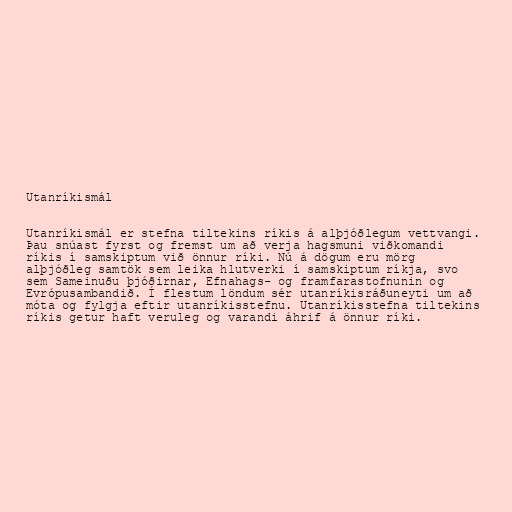
Utanríkismál

Utanríkismál er stefna tiltekins ríkis á alþjóðlegum vettvangi.
Þau snúast fyrst og fremst um að verja hagsmuni viðkomandi
ríkis í samskiptum við önnur ríki. Nú á dögum eru mörg
alþjóðleg samtök sem leika hlutverki í samskiptum ríkja, svo
sem Sameinuðu þjóðirnar, Efnahags- og framfarastofnunin og
Evrópusambandið. Í flestum löndum sér utanríkisráðuneyti um að
móta og fylgja eftir utanríkisstefnu. Utanríkisstefna tiltekins
ríkis getur haft veruleg og varandi áhrif á önnur ríki.